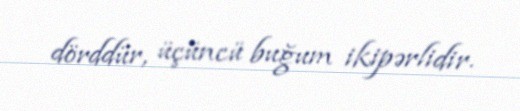
dörddür, üçüncü buğum ikipərlidir.